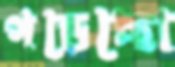
পড়েছো